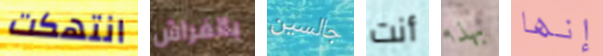
انتهكت بالفراش جالسين أنت بهذا إنها